Annual report on the Civil Veterinary Department, Burma (including the Insein Veterinary School) - 1910-1922
Year: 1910
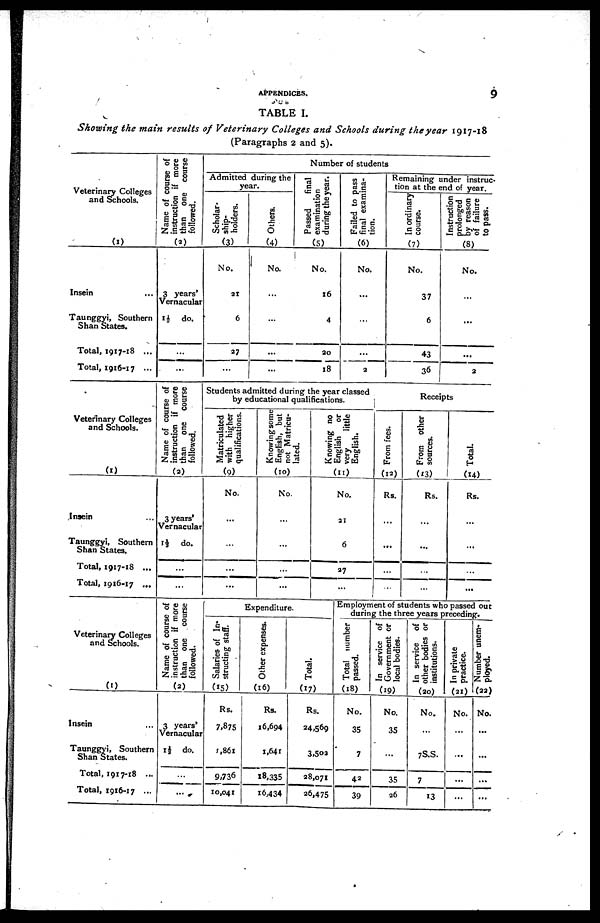
APPENDICES.
9
TABLE I.
Showing the main results of Veterinary Colleges and Schools during the year 1917-18
(Paragraphs 2 and 5).
Veterinary Colleges
and Schools.
(1)
Insein
Taunggyi, Southern
Shan States.
Total, 1917-18 ...
Total, 1916-17 ...
Name of course of
instruction if more
than one course
followed.
(2)
3 years'
Vernacular
1½ do.
...
...
Number of students
Admitted during the
year.
Scholar-
ship-
holders.
(3)
No.
21
6
27
...
Others.
(4)
No.
...
...
...
...
Passed
final
examination
during the year.
(5)
No.
16
4
20
18
Failed to pass
final examina-
tion.
(6)
No.
...
...
...
2
Remaining under instruc-
tion at the end of year.
In ordinary
course.
(7)
No.
37
6
43
36
Instruction
prolonged
by reason
of failure
to pass.
(8)
No.
...
...
...
2
Veterinary Colleges
and Schools.
(1)
Insein
Taunggyi, Southern
Shan States.
Total, 1917-18 ...
Total, 1916-17 ...
Name of course of
instruction if more
than one course
followed.
(2)
3 years'
Vernacular
1½ do.
...
...
Students admitted during the year classed
by educational qualifications.
Matriculated
with higher
qualifications.
(9)
No.
...
...
...
...
Knowing some
English, but
not Matricu-
lated.
(10)
No.
...
...
...
...
Knowing no
English or
very
little
English.
(11)
No.
21
6
27
...
Receipts
From fees.
(12)
Rs.
...
...
...
From other
sources.
(13)
Rs.
...
...
...
...
Total.
(14)
Rs.
...
...
...
...
Veterinary Colleges
and Schools.
(1)
Insein ...
Taunggyi, Southern
Shan States.
Total, 1917-18 ...
Total, 1916-17 ...
Name of course of
instruction if more
than one course
followed.
(2)
3 years'
Vernacular
1½ do.
...
...
Expenditure.
Salaries of In-
structing staff.
(15)
Rs.
7,875
1,861
9,736
10,041
Other expenses.
(16)
Rs.
16,694
1,641
18,335
16,434
Total.
(17)
Rs.
24,569
3,502
28,071
26,475
Employment of students who passed out
during the three years preceding.
Total number
passed.
(18)
No.
35
7
42
39
In service of
Government or
local bodies.
(19)
No.
35
...
35
26
In service of
other bodies or
institutions.
(20)
No.
...
7S.S.
7
13
In private
practice.
(21)
No.
...
...
...
...
Number unem-
ployed.
(22)
No.
...
...
...
...